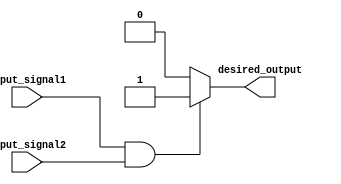
module generate_function (
    input input_signal1,
    input input_signal2,
    output desired_output
);

    // Combinational Logic to generate desired output
    always @* begin
        if (input_signal1 & input_signal2) begin
            desired_output = 1;
        end else begin
            desired_output = 0;
        end
    end

endmodule